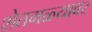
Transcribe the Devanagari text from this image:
शेतमळ्यावर